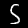
Label: 5